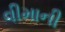
વીમાની